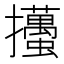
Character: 𢺉